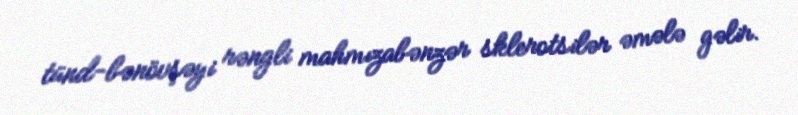
tünd-bənövşəyi rəngli mahmızabənzər sklerotsilər əmələ gəlir.